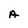
Character: A